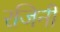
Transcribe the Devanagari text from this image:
रजिनी